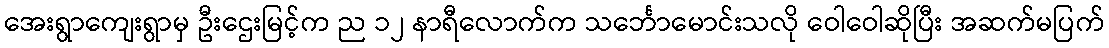
အေးရွာကျေးရွာမှ ဦးဌေးမြင့်က ည ၁၂ နာရီလောက်က သင်္ဘောမောင်းသလို ဝေါဝေါဆိုပြီး အဆက်မပြက်